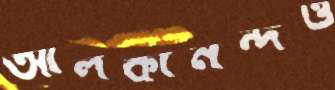
আলকানন্দও